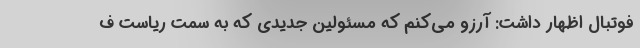
فوتبال اظهار داشت: آرزو می‌کنم که مسئولین جدیدی که به سمت ریاست ف